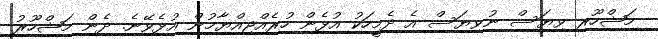
މަޝްހޫރި ވިޔަސް ނުވިޔަސް އެ ދެމީހަކު އުޅެން ހުރެއްޖިއްޔާމުން އުޅެވޭނެ. ދެން މަޝްހޫރު